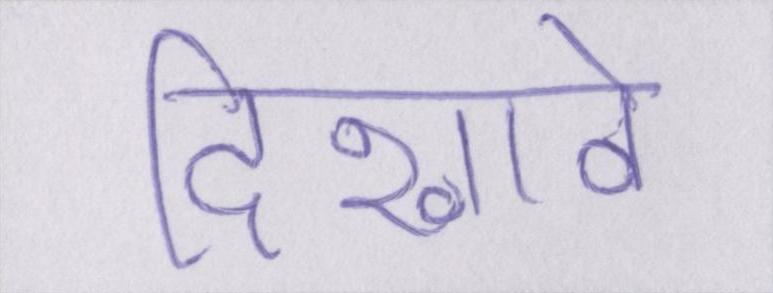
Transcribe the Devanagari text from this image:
दिखावे